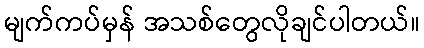
မျက်ကပ်မှန် အသစ်တွေလိုချင်ပါတယ်။